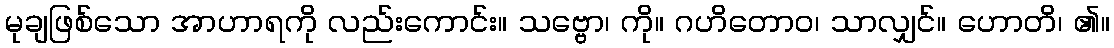
မုချဖြစ်သော အာဟာရကို လည်းကောင်း။ သဗ္ဗော၊ ကို။ ဂဟိတောဝ၊ သာလျှင်။ ဟောတိ၊ ၏။